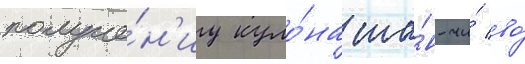
получе́н'иу куло́на ша́н-чи́ во́